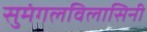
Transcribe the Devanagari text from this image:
सुमंगलविलासिनी